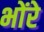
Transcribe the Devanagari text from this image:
भोंरे